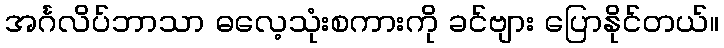
အင်္ဂလိပ်ဘာသာ ဓလေ့သုံးစကားကို ခင်ဗျား ပြောနိုင်တယ်။